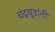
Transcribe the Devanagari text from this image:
चंद्रचूडांनी